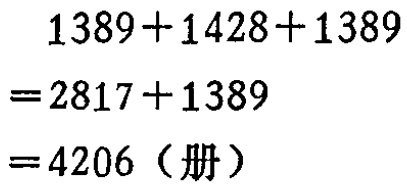
\[

\begin{align*}

&1389 + 1428+1389\\

=&2817 + 1389\\

=&4206（册）

\end{align*}

\]